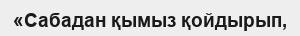
«Сабадан қымыз қойдырып,